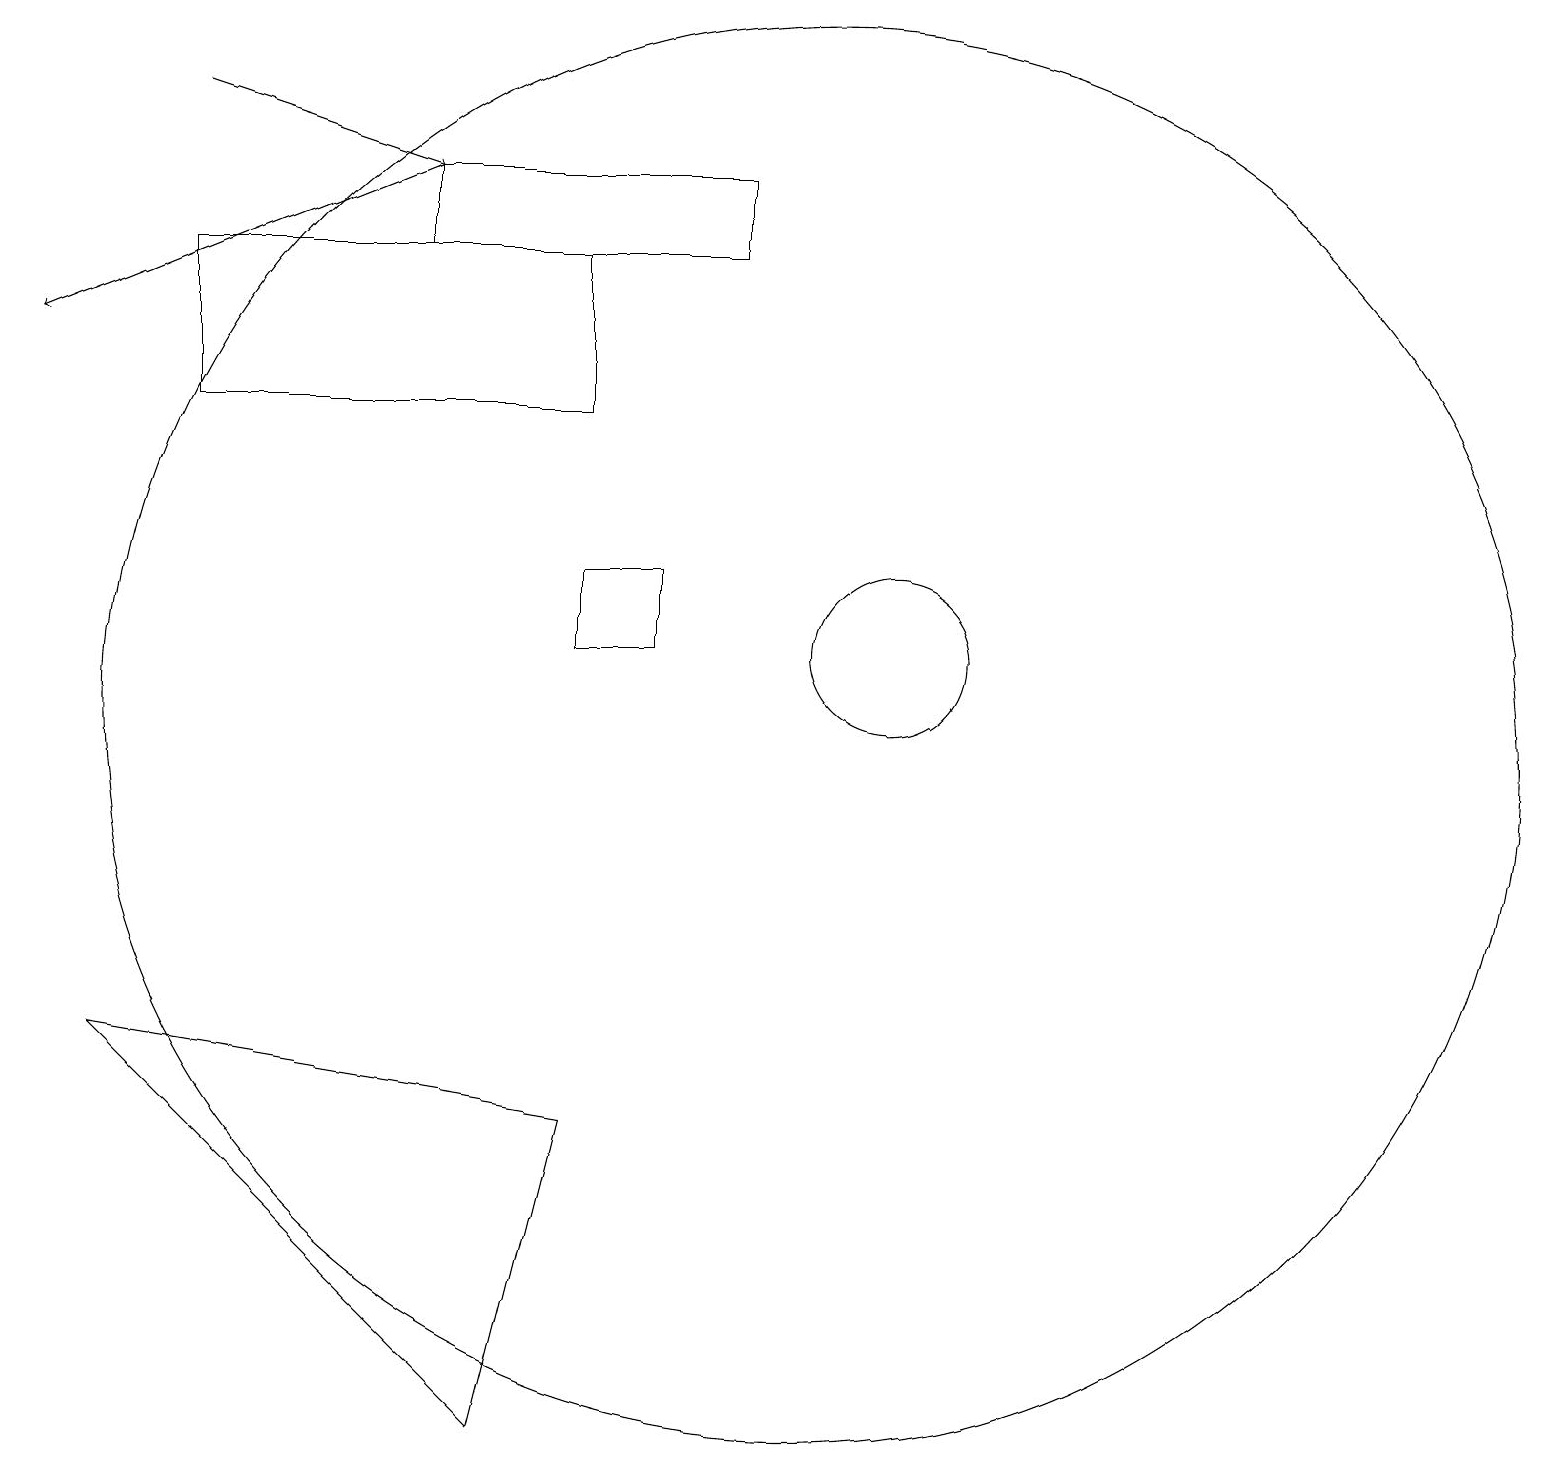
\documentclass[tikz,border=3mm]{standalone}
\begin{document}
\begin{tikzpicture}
\draw (7,14) rectangle (2,16);
\draw (8,11) rectangle (7,12);
\draw (9,16) rectangle (5,17);
\draw[->] (5,17) -- (0,15);
\draw (11,11) circle (1);
\draw (10,10) circle (9);
\draw[->] (2,18) -- (5,17);
\draw (1,6) -- (6,1) -- (7,5) -- cycle;
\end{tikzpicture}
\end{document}